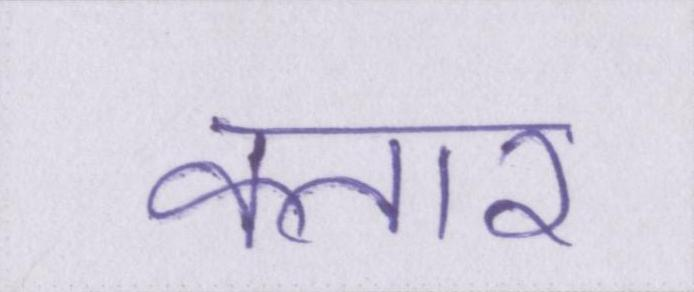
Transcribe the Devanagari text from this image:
कतार